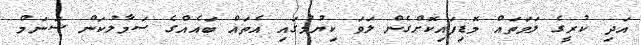
އަދި ކުރީގެ ލަވަތައް މޮޑިފައިކޮށްގެން ލަަވަ ކިޔުމުގައި އެތައް ބައެއްގެ ސަމާލުކަން ސަނަމް